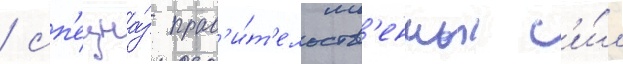
/ сп'ецна́з прав'и́т'ельств'енных с'и́л